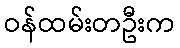
ဝန်ထမ်းတဦးက